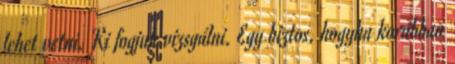
lehet vetni. Ki fogjuk vizsgálni. Egy biztos, hogyha korábban